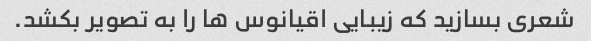
شعری بسازید که زیبایی اقیانوس ها را به تصویر بکشد.